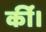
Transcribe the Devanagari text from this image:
कींं।